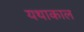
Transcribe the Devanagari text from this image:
यथाकाल